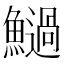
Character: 𩼣